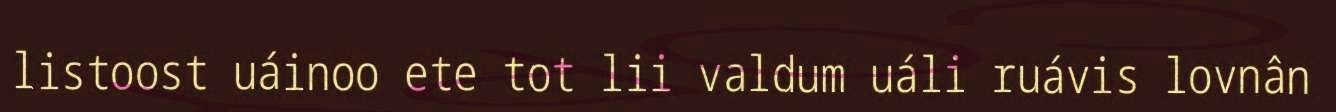
listoost uáinoo ete tot lii valdum uáli ruávis lovnân